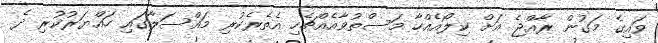
ވައިގެ މަގުން ރާއްޖެ އަށް ކިލޯއެއްހާ މަސްތުވާއެއްޗެހި އެތެރެކުރި މައްސަލާގައި ހައްޔަރުކުރި ދެ